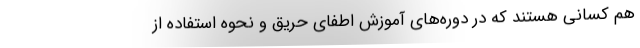
هم کسانی هستند که در دوره‌های آموزش اطفای حریق و نحوه استفاده از